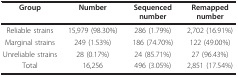
| Group | Number | Sequenced number | Remapped number |
 | --- | --- | --- | --- |
 | Reliable strains | 15,979 (98.30%) | 286 (1.79%) | 2,702 (16.91%) |
 | Marginal strains | 249 (1.53%) | 186 (74.70%) | 122 (49.00%) |
 | Unreliable strains | 28 (0.17%) | 24 (85.71%) | 27 (96.43%) |
 | Total | 16,256 | 496 (3.05%) | 2,851 (17.54%) |